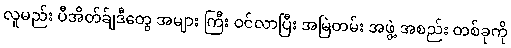
လူမည်း ပီအိတ်ခ်ျဒီတွေ အများ ကြီး ဝင်လာပြီး အမြဲတမ်း အဖွဲ့ အစည်း တစ်ခုကို